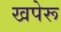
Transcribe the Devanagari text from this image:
खपेरू